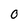
Character: O